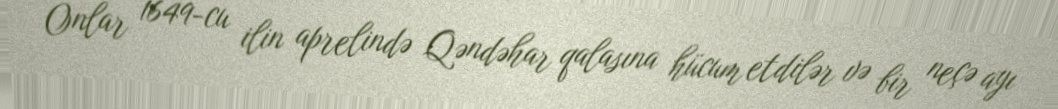
Onlar 1649-cu ilin aprelində Qəndəhar qalasına hücum etdilər və bir neçə ayı